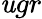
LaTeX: \mathit{u}gr